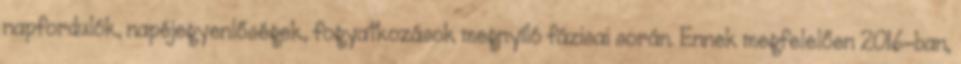
napfordulók, napéjegyenlőségek, fogyatkozások megnyíló fázisai során. Ennek megfelelően 2016-ban,